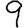
Digit: 9